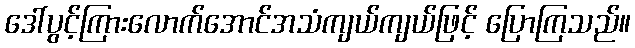
ဒေါ်ပွင့်ကြားလောက်အောင်အသံကျယ်ကျယ်ဖြင့် ပြောကြသည်။